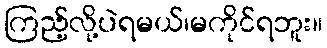
ကြည့်လို့ပဲရမယ်၊မကိုင်ရဘူး။